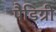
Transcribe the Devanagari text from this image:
पैडिग्री